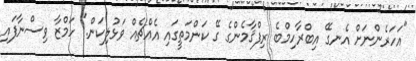
"އަހަރެންނަށް އެނގޭ އިބްރާހިމްބެ ރިފްޤާމެންގެ ގޭ ކަންމަތީގައި އެއްޗެއް ވަޅުލިކަން." ހަމްޒާ ވިސްނާފައި